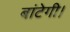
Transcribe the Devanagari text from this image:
बांटेगी।